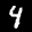
Label: 4